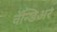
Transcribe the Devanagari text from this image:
वॅन्डिअर